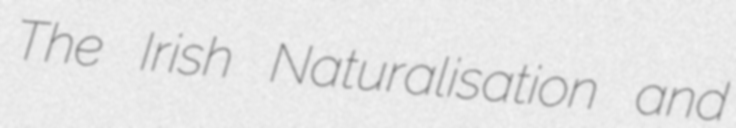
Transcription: The Irish Naturalisation and